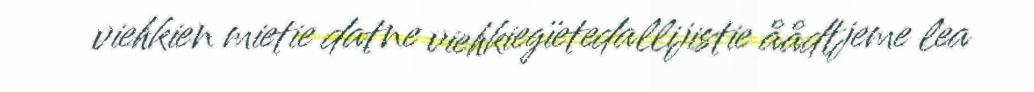
viehkien mietie datne viehkiegïetedallijistie åådtjeme lea